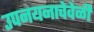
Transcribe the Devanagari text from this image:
उपनयनाचेवेळीं